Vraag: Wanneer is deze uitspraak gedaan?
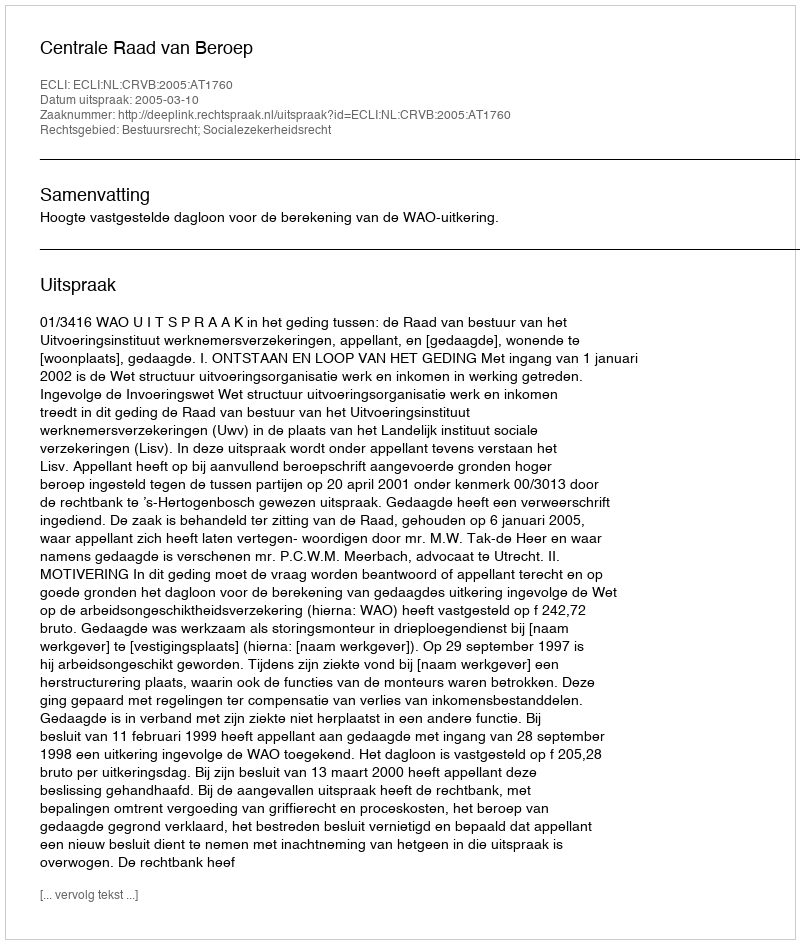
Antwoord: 2005-03-10